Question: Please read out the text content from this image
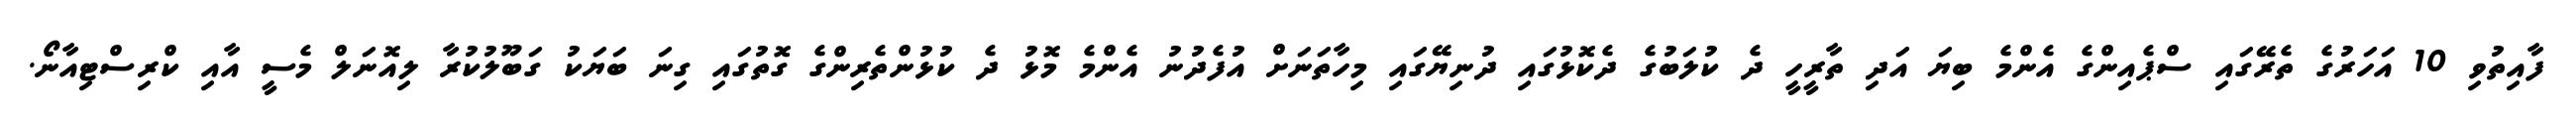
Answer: ފާއިތުވި 10 އަހަރުގެ ތެރޭގައި ސްޕެއިންގެ އެންމެ ބިޔަ އަދި ތާރީހީ ދެ ކުލަބުގެ ދެކޮޅުގައި ދުނިޔޭގައި މިހާތަނަށް އުފެދުނު އެންމެ މޮޅު ދެ ކުޅުންތެރިންގެ ގޮތުގައި ގިނަ ބަޔަކު ގަބޫލުކުރާ ލިއޮނަލް މެސީ އާއި ކްރިސްޓިއާނޯ.